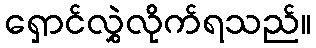
ရှောင်လွှဲလိုက်ရသည်။